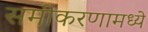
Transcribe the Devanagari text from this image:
समीकरणामध्ये